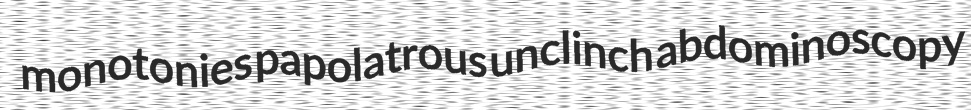
monotonies papolatrous unclinch abdominoscopy